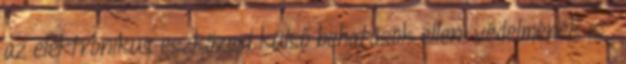
az elektronikus eszközeid külső behatások elleni védelmének is .